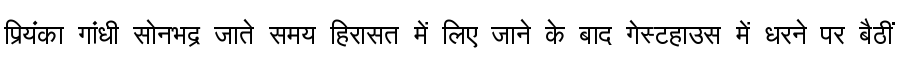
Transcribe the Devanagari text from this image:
प्रियंका गांधी सोनभद्र जाते समय हिरासत में लिए जाने के बाद गेस्टहाउस में धरने पर बैठीं